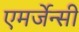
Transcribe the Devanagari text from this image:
एमर्जेन्सी